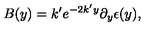
B ( y ) = k ^ { \prime } e ^ { - 2 k ^ { \prime } y } \partial _ { y } \epsilon ( y ) ,